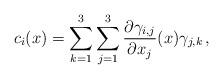
LaTeX: \begin{align*}c_i(x)=\sum_{k=1}^{3}\sum_{j=1}^{3}\frac{\partial \gamma_{i,j}}{\partial x_j}(x)\gamma_{j,k}\, ,\end{align*}